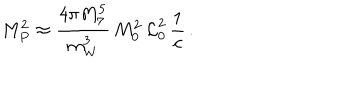
M _ { P } ^ { 2 } \approx \frac { 4 \pi M _ { 7 } ^ { 5 } } { m _ { W } ^ { 3 } } \, M _ { 0 } ^ { 2 } \, \mathcal { L } _ { 0 } ^ { 2 } \, \frac { 1 } { c } \, .